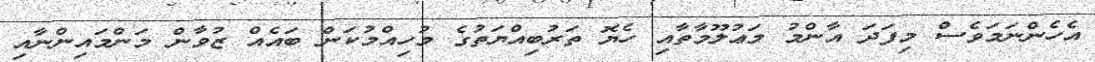
އެހެންނަމަވެސް މިފަދަ އާންމު މަޢުލޫމާތާއި ހެޔޮ ތަރުބިއްޔަތުގެ މުހިއްމުކަން ބައެއް ޒުވާން މަންމައިންނާއި